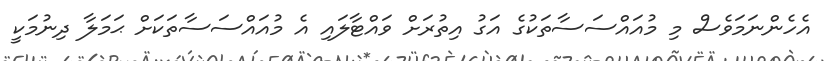
އެހެންނަމަވެސް މި މުއައްސަސާތަކުގެ އަގު އިތުރަށް ވައްޓާލައި އެ މުއައްސަސާތަކަށް ޙަމަލާ ދިނުމަކީ